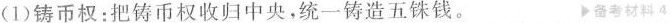
(1)铸币权：把铸币权收归中央，统一铸造五铢钱。 备考材料4